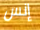
إنس